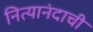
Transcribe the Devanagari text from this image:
नित्यानंदाची